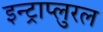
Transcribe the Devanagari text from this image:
इन्ट्राप्लुरल